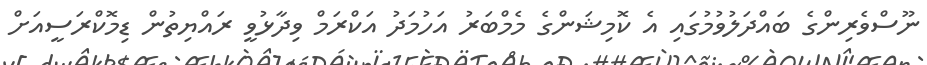
ނޫސްވެރިންގެ ބައްދަލުވުމުގައި އެ ކޮމިޝަންގެ މެމްބަރު އަހުމަދު އަކްރަމް ވިދާޅުވީ ރައްޔިތުން ޑިމޮކްރަސީއަށް